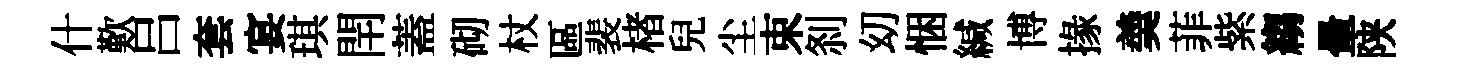
什歎吕套宴琪閈蓋砌杖區裴楮兒尘束𠛴㓜悃緘博掾羮菲紫縐暈陕